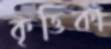
কৃত্তিকা